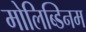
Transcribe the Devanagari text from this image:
मोलिब्डिनम